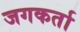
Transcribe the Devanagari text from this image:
जगकर्ता